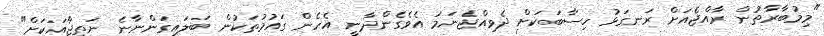
"މިމުބާރާތުން ރާއްޖެއަށް ރަނގަޅު ހިސާބަކަށް ދެވިއްޖެނަމަ އެވެގެންދާނީ އެހެން ގައުމުތަކުން ބަލައިގަންނާނެ ނަތީޖާއަކަށް"